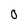
Character: O